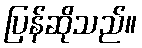
ပြန်ဆိုသည်။